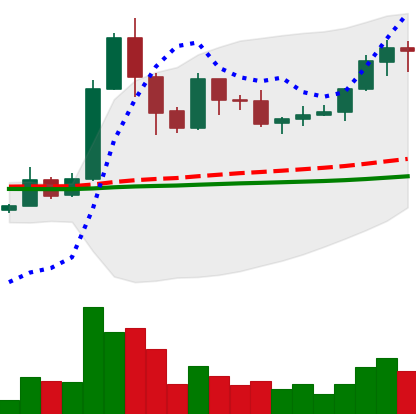
Ticker: XRP-USD
Chart end date: 2019-05-29
Forward return: -4.045%
Label: down_3_5